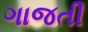
ગાજતી